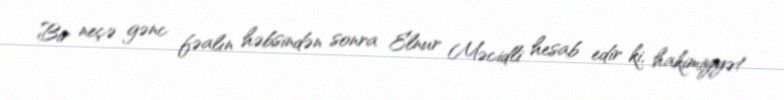
Bir neçə gənc fəalın həbsindən sonra Elnur Məcidli hesab edir ki, hakimiyyət